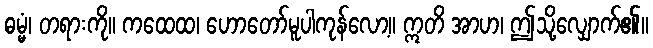
ဓမ္မံ၊ တရားကို။ ကထေထ၊ ဟောတော်မူပါကုန်လော့။ ဣတိ အာဟ၊ ဤသို့လျှောက်၏။